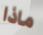
ماذا